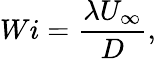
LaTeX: Wi=\frac{\lambda U_{\infty}}{D},